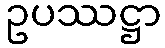
ဥပဿဋ္ဌာ